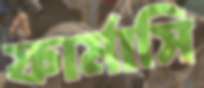
ফার্মাসি